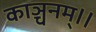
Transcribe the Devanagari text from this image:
काञ्चनम्।।